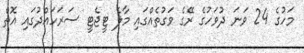
މަހުގެ 24 ވަނަ ދުވަހުގެ ރޭގެ ވަގުތެއްގައި މާލެ ޓީޖެޓީ ސަރަހައްދުގައި އޮތް